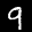
Label: 9